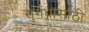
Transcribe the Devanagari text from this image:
सुगंधासाठी